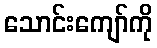
သောင်းကျော်ကို